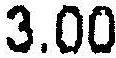
3.00